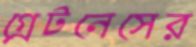
গ্রেটনেসের